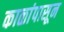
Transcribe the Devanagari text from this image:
काळांपासून